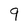
Character: 9